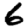
Digit: 6